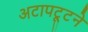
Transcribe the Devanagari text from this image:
अटापट्टूने